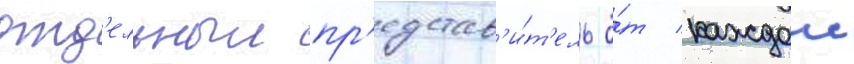
отд'ельныи пр'едстав'и́т'ель о́т каждои